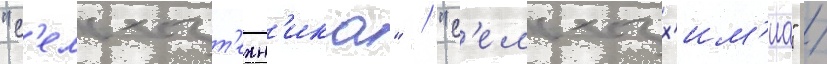
"с'ельхозт'ехн'ика" / "с'ельхозх'им'иа" /